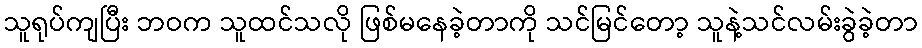
သူရုပ်ကျပြီး ဘဝက သူထင်သလို ဖြစ်မနေခဲ့တာကို သင်မြင်တော့ သူနဲ့သင်လမ်းခွဲခဲ့တာ